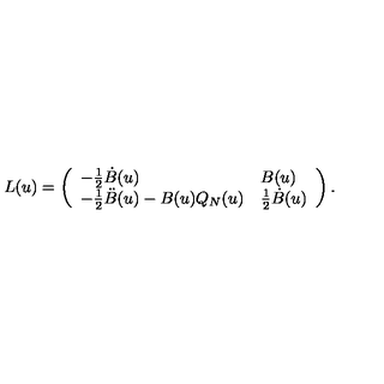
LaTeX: L ( u ) = \left( \begin{array} { l l } { - \frac 1 2 \dot { B } ( u ) } & { B ( u ) } \\ { - \frac 1 2 \ddot { B } ( u ) - B ( u ) Q _ { N } ( u ) } & { \frac 1 2 \dot { B } ( u ) } \\ \end{array} \right) .